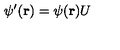
\psi ^ { \prime } ( { \bf r } ) = \psi ( { \bf r } ) U